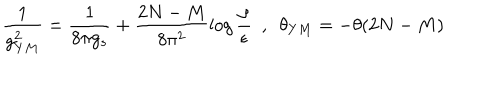
\frac { 1 } { g _ { Y M } ^ { 2 } } = \frac { 1 } { 8 \pi g _ { s } } + \frac { 2 N - M } { 8 \pi ^ { 2 } } \log \frac { \rho } { \epsilon } ~ ~ , ~ ~ \theta _ { Y M } = - \theta ( 2 N - M )